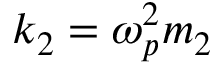
k _ { 2 } = \omega _ { p } ^ { 2 } m _ { 2 }